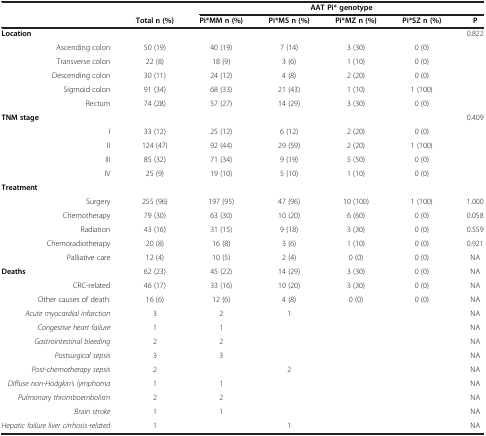
<table><thead><tr><td><b> </b></td><td><b> </b></td><td colspan="5"><b>AAT Pi* genotype</b></td></tr><tr><td><b> </b></td><td><b>Total n (%)</b></td><td><b>Pi*MM n (%)</b></td><td><b>Pi*MS n (%)</b></td><td><b>Pi*MZ n (%)</b></td><td><b>Pi*SZ n (%)</b></td><td><b>P</b></td></tr></thead><tbody><tr><td><b>Location</b></td><td> </td><td> </td><td> </td><td> </td><td> </td><td>0.822</td></tr><tr><td>Ascending colon</td><td>50 (19)</td><td>40 (19)</td><td>7 (14)</td><td>3 (30)</td><td>0 (0)</td><td> </td></tr><tr><td>Transverse colon</td><td>22 (8)</td><td>18 (9)</td><td>3 (6)</td><td>1 (10)</td><td>0 (0)</td><td> </td></tr><tr><td>Descending colon</td><td>30 (11)</td><td>24 (12)</td><td>4 (8)</td><td>2 (20)</td><td>0 (0)</td><td> </td></tr><tr><td>Sigmoid colon</td><td>91 (34)</td><td>68 (33)</td><td>21 (43)</td><td>1 (10)</td><td>1 (100)</td><td> </td></tr><tr><td>Rectum</td><td>74 (28)</td><td>57 (27)</td><td>14 (29)</td><td>3 (30)</td><td>0 (0)</td><td> </td></tr><tr><td><b>TNM stage</b></td><td> </td><td> </td><td> </td><td> </td><td> </td><td>0.409</td></tr><tr><td>I</td><td>33 (12)</td><td>25 (12)</td><td>6 (12)</td><td>2 (20)</td><td>0 (0)</td><td> </td></tr><tr><td>II</td><td>124 (47)</td><td>92 (44)</td><td>29 (59)</td><td>2 (20)</td><td>1 (100)</td><td> </td></tr><tr><td>III</td><td>85 (32)</td><td>71 (34)</td><td>9 (19)</td><td>5 (50)</td><td>0 (0)</td><td> </td></tr><tr><td>IV</td><td>25 (9)</td><td>19 (10)</td><td>5 (10)</td><td>1 (10)</td><td>0 (0)</td><td> </td></tr><tr><td><b>Treatment</b></td><td> </td><td> </td><td> </td><td> </td><td> </td><td> </td></tr><tr><td>Surgery</td><td>255 (96)</td><td>197 (95)</td><td>47 (96)</td><td>10 (100)</td><td>1 (100)</td><td>1.000</td></tr><tr><td>Chemotherapy</td><td>79 (30)</td><td>63 (30)</td><td>10 (20)</td><td>6 (60)</td><td>0 (0)</td><td>0.058</td></tr><tr><td>Radiation</td><td>43 (16)</td><td>31 (15)</td><td>9 (18)</td><td>3 (30)</td><td>0 (0)</td><td>0.559</td></tr><tr><td>Chemoradiotherapy</td><td>20 (8)</td><td>16 (8)</td><td>3 (6)</td><td>1 (10)</td><td>0 (0)</td><td>0.921</td></tr><tr><td>Palliative care</td><td>12 (4)</td><td>10 (5)</td><td>2 (4)</td><td>0 (0)</td><td>0 (0)</td><td>NA</td></tr><tr><td><b>Deaths</b></td><td>62 (23)</td><td>45 (22)</td><td>14 (29)</td><td>3 (30)</td><td>0 (0)</td><td>NA</td></tr><tr><td>CRC-related</td><td>46 (17)</td><td>33 (16)</td><td>10 (20)</td><td>3 (30)</td><td>0 (0)</td><td>NA</td></tr><tr><td>Other causes of death:</td><td>16 (6)</td><td>12 (6)</td><td>4 (8)</td><td>0 (0)</td><td>0 (0)</td><td>NA</td></tr><tr><td><i>Acute myocardial infarction</i></td><td>3</td><td>2</td><td>1</td><td> </td><td> </td><td>NA</td></tr><tr><td><i>Congestive heart failure</i></td><td>1</td><td>1</td><td> </td><td> </td><td> </td><td>NA</td></tr><tr><td><i>Gastrointestinal bleeding</i></td><td>2</td><td>2</td><td> </td><td> </td><td> </td><td>NA</td></tr><tr><td><i>Postsurgical sepsis</i></td><td>3</td><td>3</td><td> </td><td> </td><td> </td><td>NA</td></tr><tr><td><i>Post-chemotherapy sepsis</i></td><td>2</td><td> </td><td>2</td><td> </td><td> </td><td>NA</td></tr><tr><td><i>Diffuse non-Hodgkin’s lymphoma</i></td><td>1</td><td>1</td><td> </td><td> </td><td> </td><td>NA</td></tr><tr><td><i>Pulmonary thromboembolism</i></td><td>2</td><td>2</td><td> </td><td> </td><td> </td><td>NA</td></tr><tr><td><i>Brain stroke</i></td><td>1</td><td>1</td><td> </td><td> </td><td> </td><td>NA</td></tr><tr><td><i>Hepatic failure liver cirrhosis-related</i></td><td>1</td><td> </td><td>1</td><td> </td><td> </td><td>NA</td></tr></tbody></table>